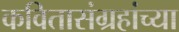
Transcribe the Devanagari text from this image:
कवितासंग्रहांच्या